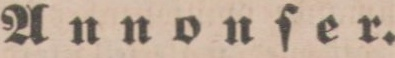
Annonſer.